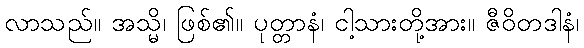
လာသည်။ အသ္မိ၊ ဖြစ်၏။ ပုတ္တာနံ၊ ငါ့သားတို့အား။ ဇီဝိတဒါနံ၊